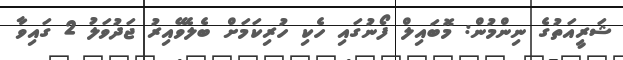
ޝަރީއަތުގެ ނިންމުން: މޮބައިލް ފޯނުގައި ހެކި ހުރިކަމަށް ބެލެވޭއިރު ޖަދުވަލު 2 ގައިވާ